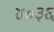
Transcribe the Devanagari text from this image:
४०३६